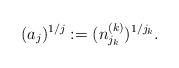
LaTeX: \begin{align*}(a_j)^{1/j}:=(n_{j_k}^{(k)})^{1/j_k}.\end{align*}